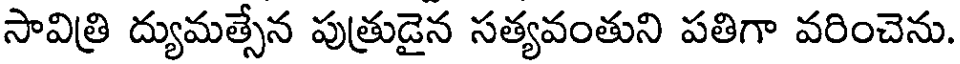
సావిత్రి ద్యుమత్సేన పుత్రుడైన సత్యవంతుని పతిగా వరించెను.